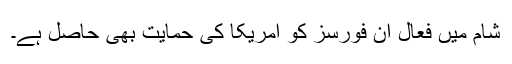
شام میں فعال ان فورسز کو امریکا کی حمایت بھی حاصل ہے۔